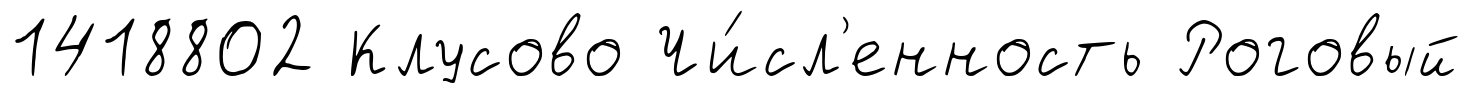
1418802 Клусово Чи́сл'енность Роговый